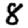
Digit: 8